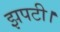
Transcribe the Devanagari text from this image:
झपटी।